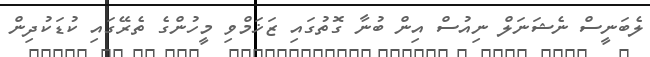
ލެބަނީސް ނެޝަނަލް ނިއުސް އިން ބުނާ ގޮތުގައި ޒަޚަމްވި މީހުންގެ ތެރޭގައި ކުޑަކުދިން